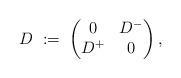
LaTeX: \begin{align*}D\;:=\;\left(\begin{matrix}0 & D^- \\D^+ & 0 \end{matrix}\right),\end{align*}